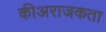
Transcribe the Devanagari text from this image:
कीअराजकता